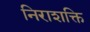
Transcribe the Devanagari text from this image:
निराशक्ति